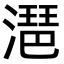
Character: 潖